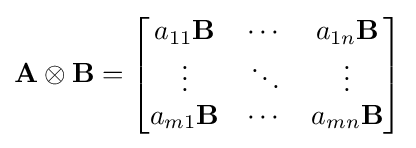
\mathbf {A} \otimes \mathbf {B} ={\begin{bmatrix}a_{11}\mathbf {B} &\cdots &a_{1n}\mathbf {B} \\\vdots &\ddots &\vdots \\a_{m1}\mathbf {B} &\cdots &a_{mn}\mathbf {B} \end{bmatrix}}